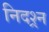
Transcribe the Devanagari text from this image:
निदश्र्न